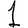
Digit: 1